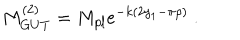
LaTeX: M _ { G U T } ^ { ( 2 ) } = M _ { p l } e ^ { - k ( 2 y _ { 1 } - \pi \rho ) } ~ . ~ \,